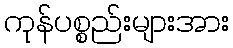
ကုန်ပစ္စည်းများအား